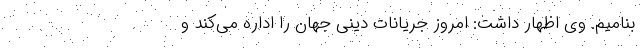
بنامیم. وی اظهار داشت: امروز جریانات دینی جهان را اداره می‌کند و